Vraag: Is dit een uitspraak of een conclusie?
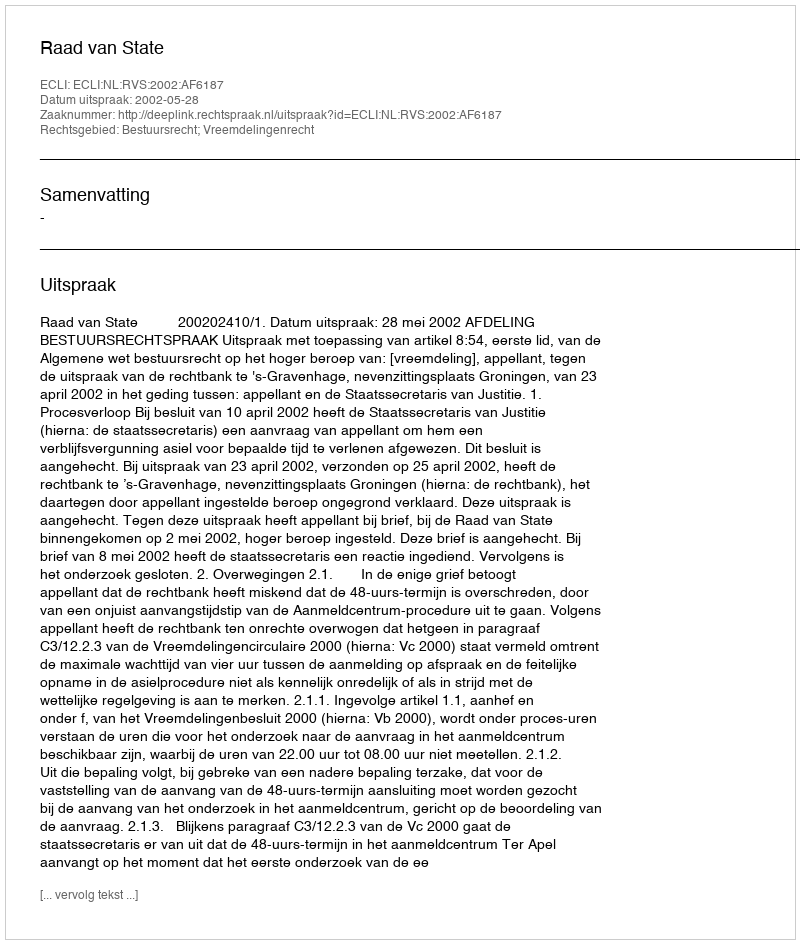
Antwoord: Uitspraak